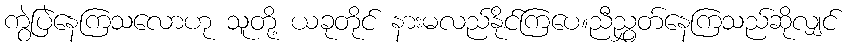
ကွဲပြဲနေကြသလောဟု သူတို့ ယခုတိုင် နားမလည်နိုင်ကြပေ။ညီညွှတ်နေကြသည်ဆိုလျှင်